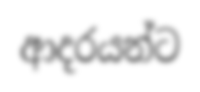
ආදරයන්ට